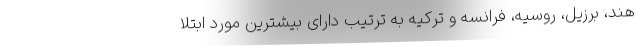
هند، برزیل، روسیه، فرانسه و ترکیه به ترتیب دارای بیشترین مورد ابتلا